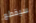
سيقطع